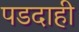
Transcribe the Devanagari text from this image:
पडदाही